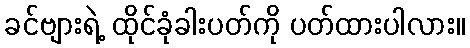
ခင်ဗျားရဲ့ ထိုင်ခုံခါးပတ်ကို ပတ်ထားပါလား။